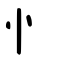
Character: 忄